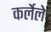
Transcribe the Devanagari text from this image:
कर्लेले